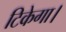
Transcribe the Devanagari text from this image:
टिकेगा।